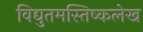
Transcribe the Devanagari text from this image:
विद्युतमस्तिष्कलेख